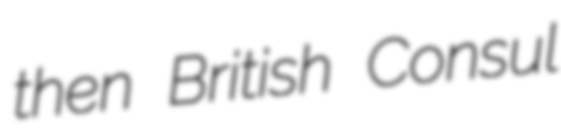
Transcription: then British Consul